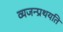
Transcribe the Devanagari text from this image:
व्यजन्प्रथयति